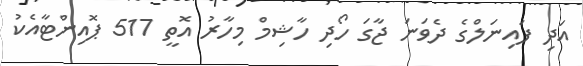
އަދި ފައިނަލްގެ ދެވަނަ ޖާގަ ހޯދި ހާޝިމް މިހާރު އޮތީ 517 ޕޮއިންޓާއެކު